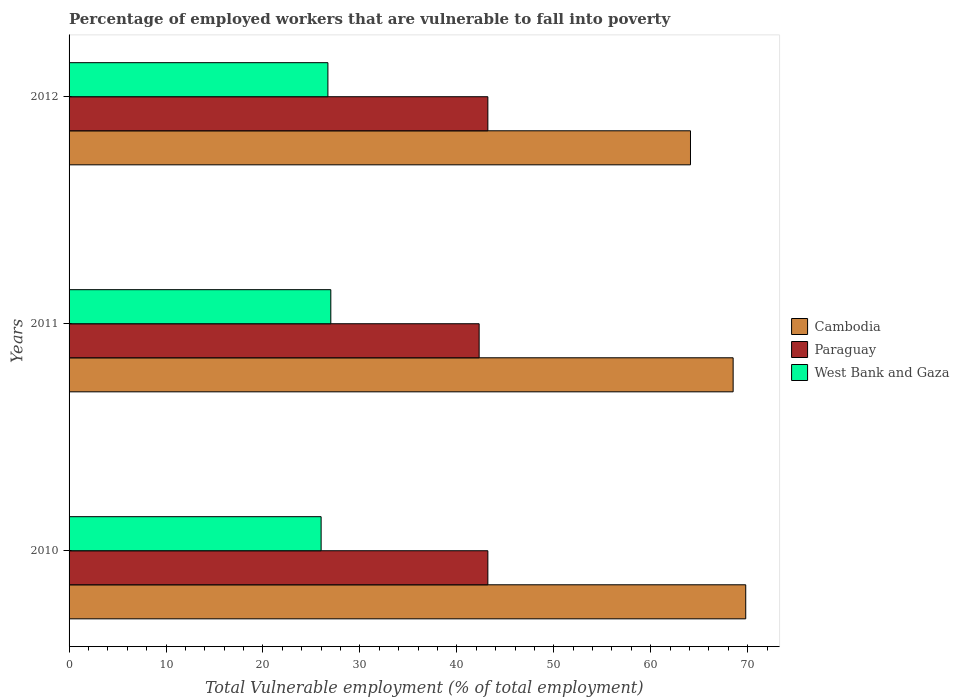
| Years | Cambodia | Paraguay | West Bank and Gaza |
 | --- | --- | --- | --- |
 | 2010 | 69.8 | 43.2 | 26 |
 | 2011 | 68.5 | 42.3 | 27 |
 | 2012 | 64.1 | 43.2 | 26.7 |